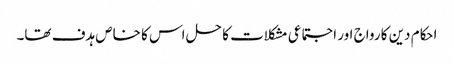
احکام دین کا رواج اور اجتماعی مشکلات کا حل اس کا خاص ہدف تھا۔